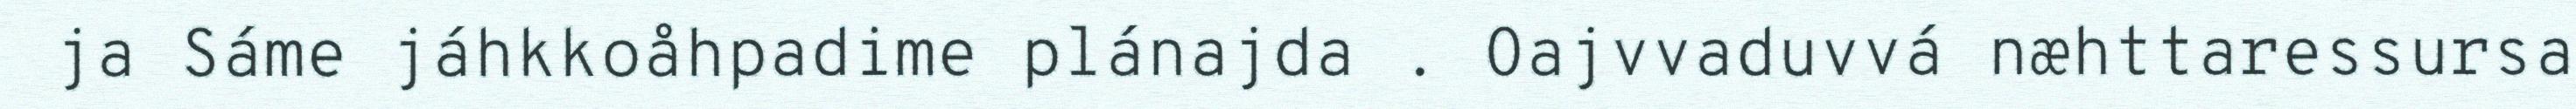
ja Sáme jáhkkoåhpadime plánajda . Oajvvaduvvá næhttaressursa